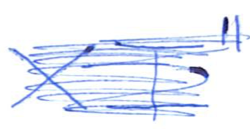
Text: XI"
Cross-out: scratch
Writing tool: ballpoint